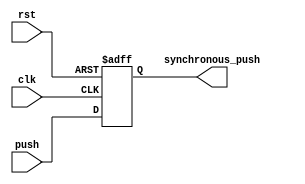
`timescale 1ns / 1ps
module synchronizer(push,clk,rst,synchronous_push); 

	input push, clk, rst;	
	output synchronous_push;				
	reg temp;
	
	//flip flop is at a positive clock edge or positive edge reset
	always @ (posedge clk or posedge rst)begin
		if(rst)temp <= 0;
		else temp <= push;
	end
	//assiging the synchronous_pushpush to the temp value
	assign synchronous_push = temp; 
endmodule